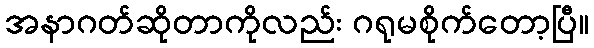
အနာဂတ်ဆိုတာကိုလည်း ဂရုမစိုက်တော့ပြီ။